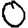
Digit: 0